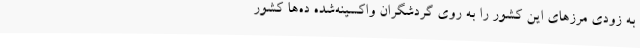
به زودی مرزهای این کشور را به روی گردشگران واکسینه‌شده ده‌ها کشور